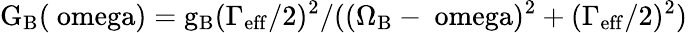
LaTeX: \mathrm{G_{B}(\ omega)=g_{B}(\Gamma_{eff}/2)^{2}/((\Omega_{B}-\ omega)^{2}+(\Gamma_{eff}/2)^{2}})